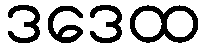
ဒဒေထ